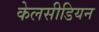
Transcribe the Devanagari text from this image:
केलसीडियन